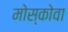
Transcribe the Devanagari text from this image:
मोस्कोवा